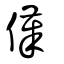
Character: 傼